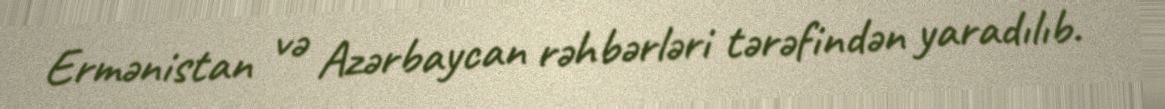
Ermənistan və Azərbaycan rəhbərləri tərəfindən yaradılıb.